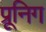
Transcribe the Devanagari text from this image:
प्रूनिग